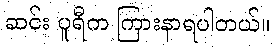
ဆင်း ပူရီက ကြားနာရပါတယ်။